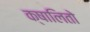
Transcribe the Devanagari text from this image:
क्षालितो